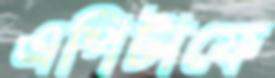
এপিটাফে